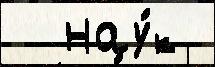
  нау́к